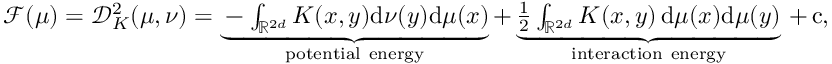
\begin{array} { r } { \mathcal F ( \mu ) = \mathcal D _ { K } ^ { 2 } ( \mu , \nu ) = \underbrace { - \int _ { \mathbb { R } ^ { 2 d } } K ( x , y ) \mathrm { d } \nu ( y ) \mathrm { d } \mu ( x ) } _ { \mathrm { p o t e n t i a l ~ e n e r g y } } + \underbrace { \frac 1 2 \int _ { \mathbb { R } ^ { 2 d } } K ( x , y ) \, \mathrm { d } \mu ( x ) \mathrm { d } \mu ( y ) } _ { \mathrm { i n t e r a c t i o n ~ e n e r g y } } \, + \, \mathrm { c } , } \end{array}